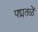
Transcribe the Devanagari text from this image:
पद्मतळें